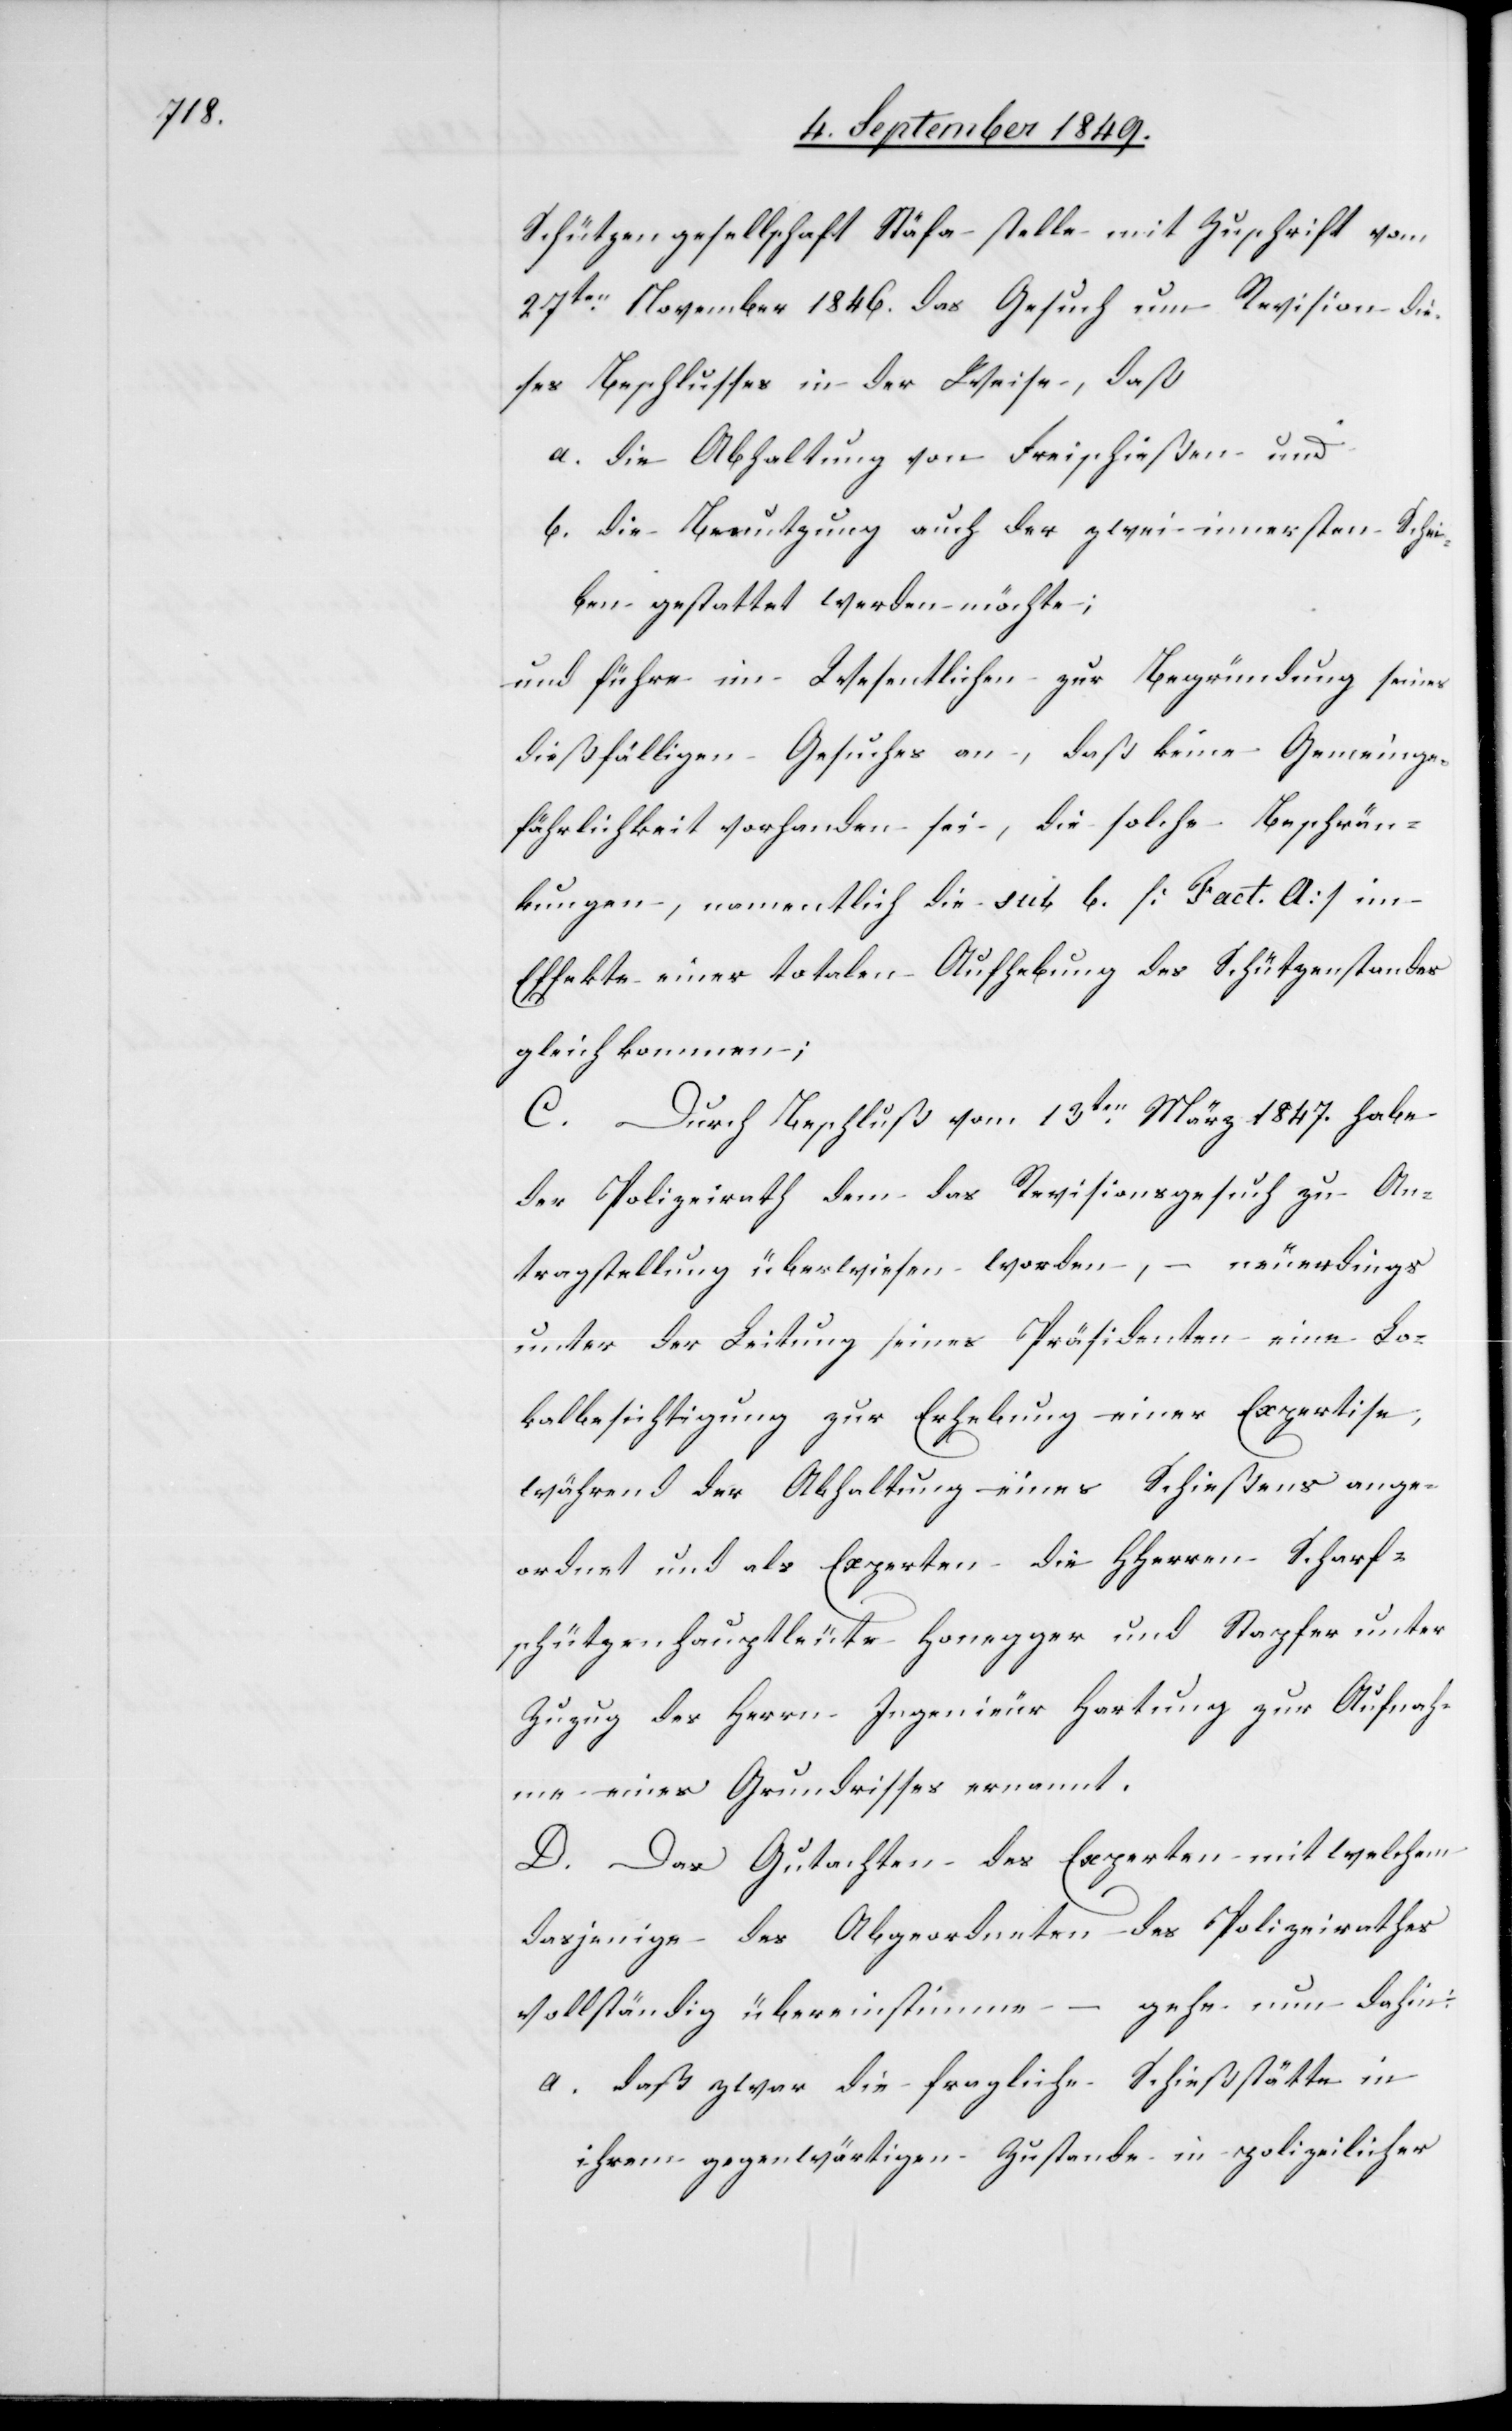
Schützengesellschaft Stäfa stelle mit Zuschrift vom
27ten November 1846. das Gesuch um Revision die¬
ses Beschlusses in der Weise, daß
a. die Abhaltung von Freischießen und
b. die Benutzung auch der zwei innersten Schei¬
ben gestattet werden möchte;
und führe im Wesentlichen zur Begründung seines
dießfälligen Gesuches an, daß keine Gemeinge¬
fährlichkeit vorhanden sei, die solche Beschrän¬
kungen, namentlich die sub b. [Fact. A] im
Effekte einer totalen Aufhebung des Schützenstandes
gleich kommen;
C.
Durch Beschluß vom 13ten März 1847. habe
der Polizeirath dem das Revisionsgesuch zu An¬
tragstellung überwiesen worden, – neuerdings
unter der Leitung seines Präsidenten eine Lo¬
kalbesichtigung zur Erhebung einer Expertise,
während der Abhaltung eines Schießens ange¬
ordnet und als Experten die HHerrn Scharf¬
schützenhauptleute Honegger und Stapfer unter
Zuzug des Herrn Ingenieur Hartung zur Aufnah¬
me eines Grundrisses ernannt.
D. Das Gutachten des Experten mit welchem
dasjenige des Abgeordneten des Polizeirathes
vollständig übereinstimme – gehe nun dahin
a. daß zwar die fragliche Schießstätte in
ihrem gegenwärtigen Zustande in polizeilicher